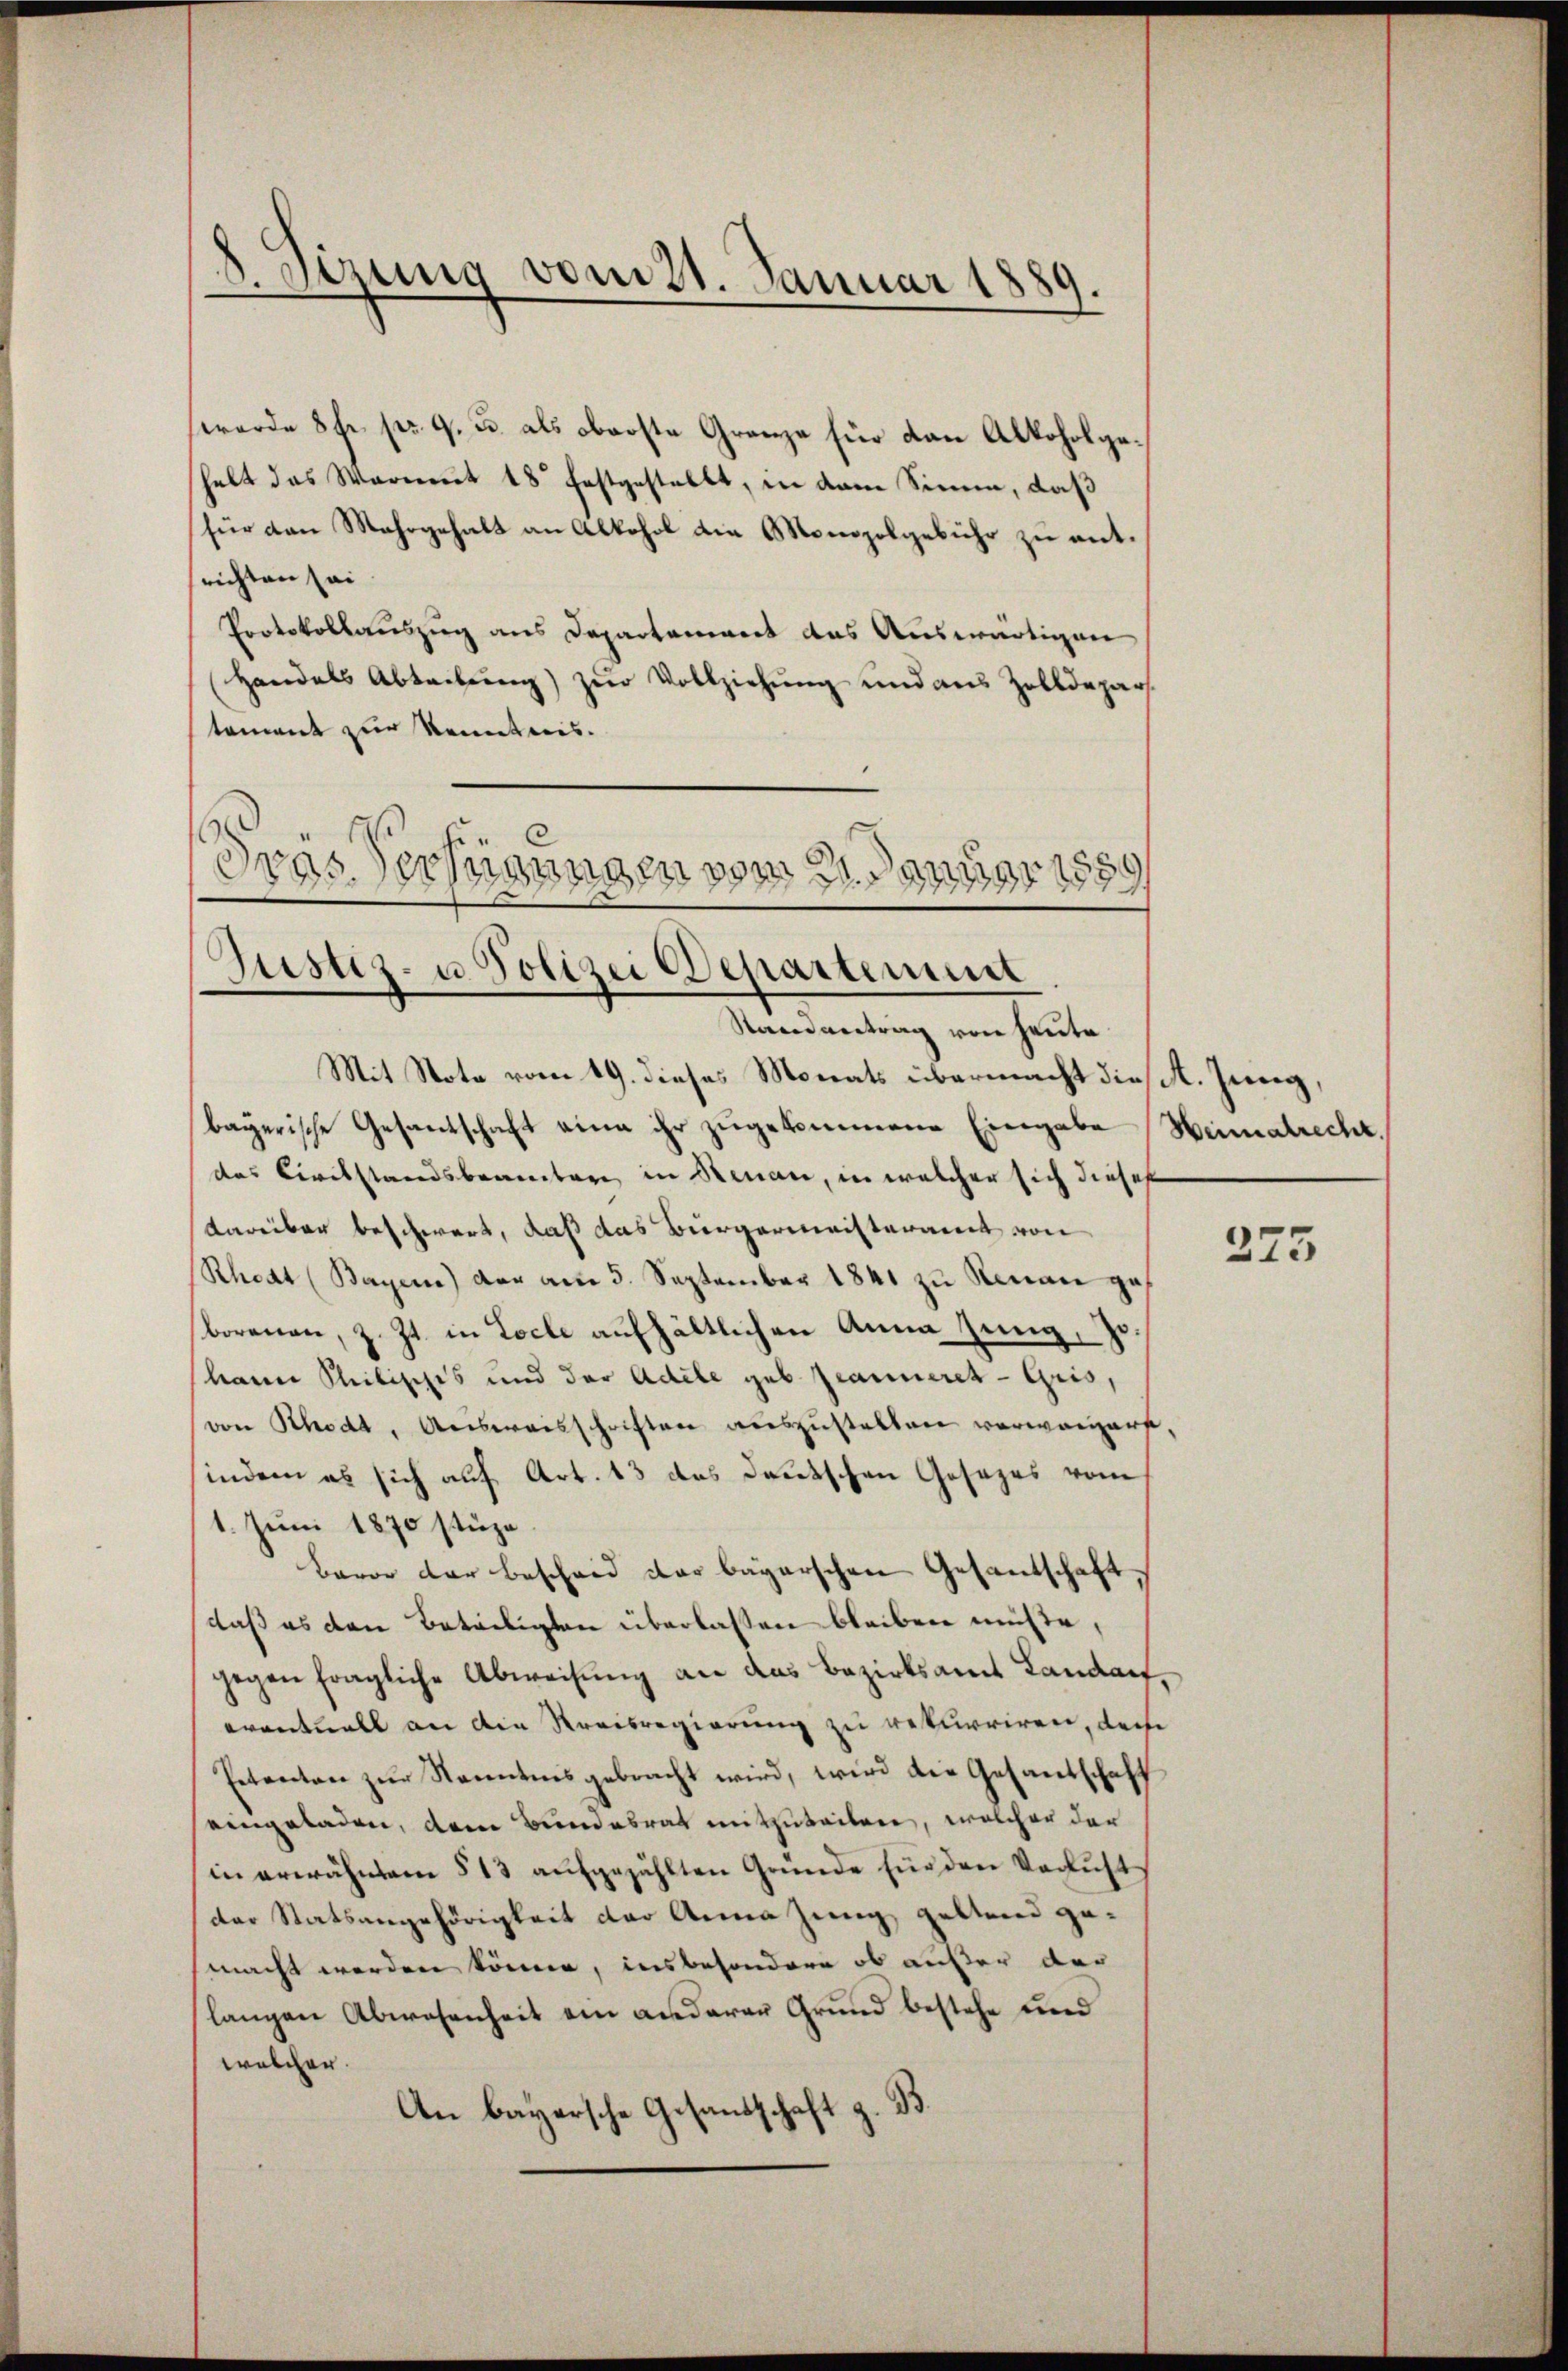
8. Sizung vom 21. Januar 1889
.

werde 8fr. pr. 9. u. als oberste Granze für dan Alkoholgehalt das Warnent 18 festgestellt, in dem Sinne, daß
für den Mehrgehalt an Alkohol die Monopolgebühr zu entrichten sei
Protokollauszug aus Departement das Auswärtigen
Handels Abtretung) zur Vollziehung und aus Zolldepar
tement zur Kenntnis.
 19
dras Verfügungen vom 21. Januar 1859

Justiz- u. Polizei Departement

Randantrag von heute
Mit Note vom 19. dieses Monats übermacht die K. Jung,
bayerische Gesandschaft eine ihr zugekommene Eingabe Heimatrecht.
das Civilstandsbeamter, in Renau, in welcher sich dieses
dareiber beschwert, daß das Bürgermeisteramt von
Rhoat (Bayere) der am 5. September 1841 zu Renau ges
borenen, z. Zt. in Loche aufhältlichen Anna Zung, Johain seitisches und der Adele geb. Jeanneres - Gris,
von Rhodt, Ausweisschriften auszustellen verweigert,
indem es sich auf Art. 13 das Deutschen Gesezes vom
1. Juni 1870 stüze
Baron der bescheid das bayerschen Gesantschaft,
daß es den Beteiligten überlassen bleiben müßte,
gegen fragliche Abweisung an das Bezirksamt Landauf,
eventuell an die Kreisregierung zu rekurriren, doch
Petenten zŭr Kenntnis gebracht wird, wird die Gesandschaft
eingeladen, dem Bundesrat mitzuteilen, welcher der
in erwähnten § 13 aufgezählten Gründe für den Verlust
der Statsangehörigkeit der Anna jung, geltend gemacht werden könne, insbesondere ob außer der
langen Abwesenheit ein anderer Grund bestehe und
welcher.
An bayersche Gesandschaft z. B.

375